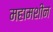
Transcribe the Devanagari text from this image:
महामशीन